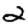
Digit: 2